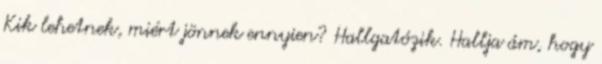
Kik lehetnek, miért jönnek ennyien? Hallgatózik. Hallja ám, hogy